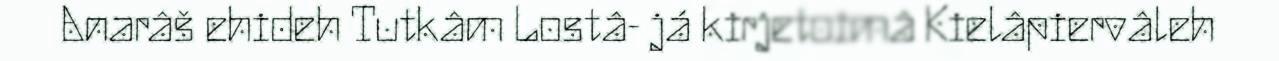
Anarâš ehideh Tutkâm Lostâ- já kirjetoimâ Kielâpiervâleh